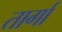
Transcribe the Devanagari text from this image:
तार्गा